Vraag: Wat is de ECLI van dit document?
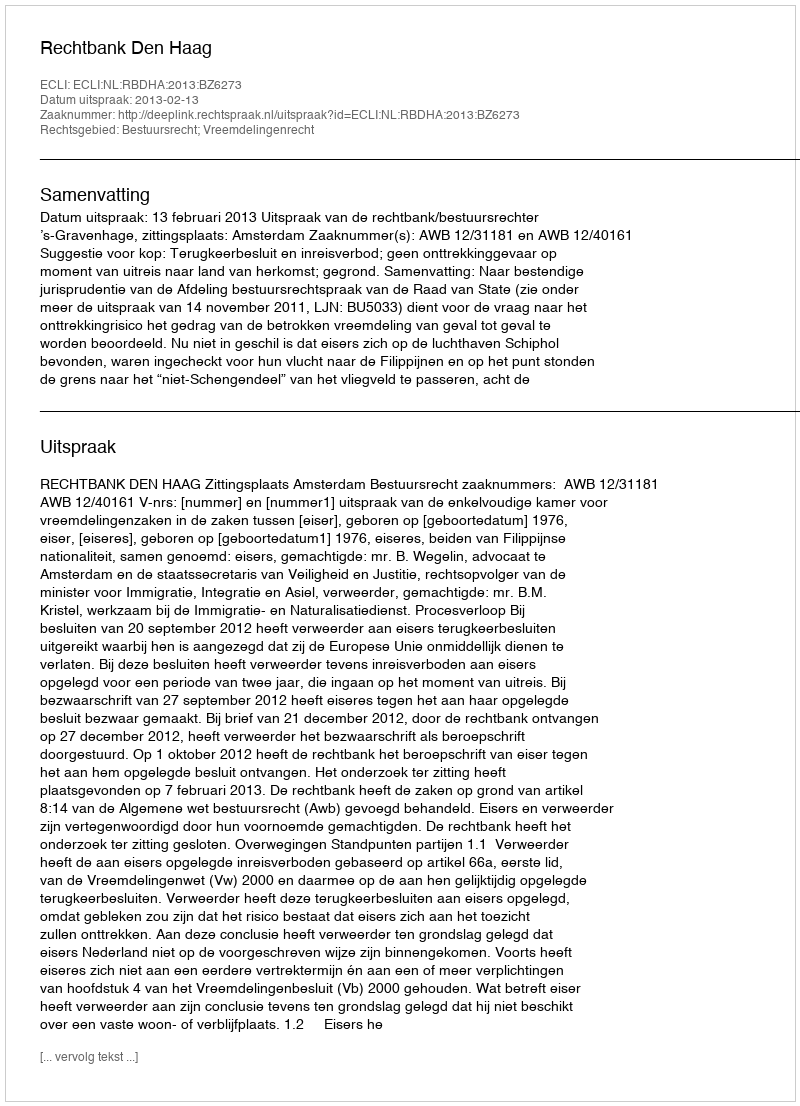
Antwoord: ECLI:NL:RBDHA:2013:BZ6273